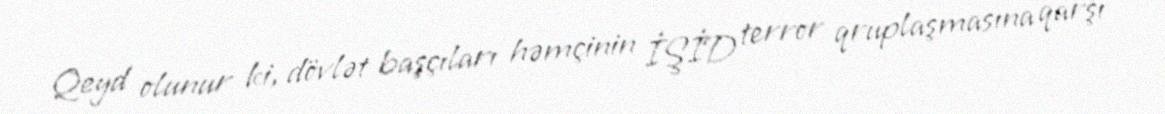
Qeyd olunur ki, dövlət başçıları həmçinin İŞİD terror qruplaşmasına qarşı